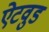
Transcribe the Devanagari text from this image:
ऐटवुड